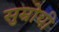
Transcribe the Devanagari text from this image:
सुम्रोची